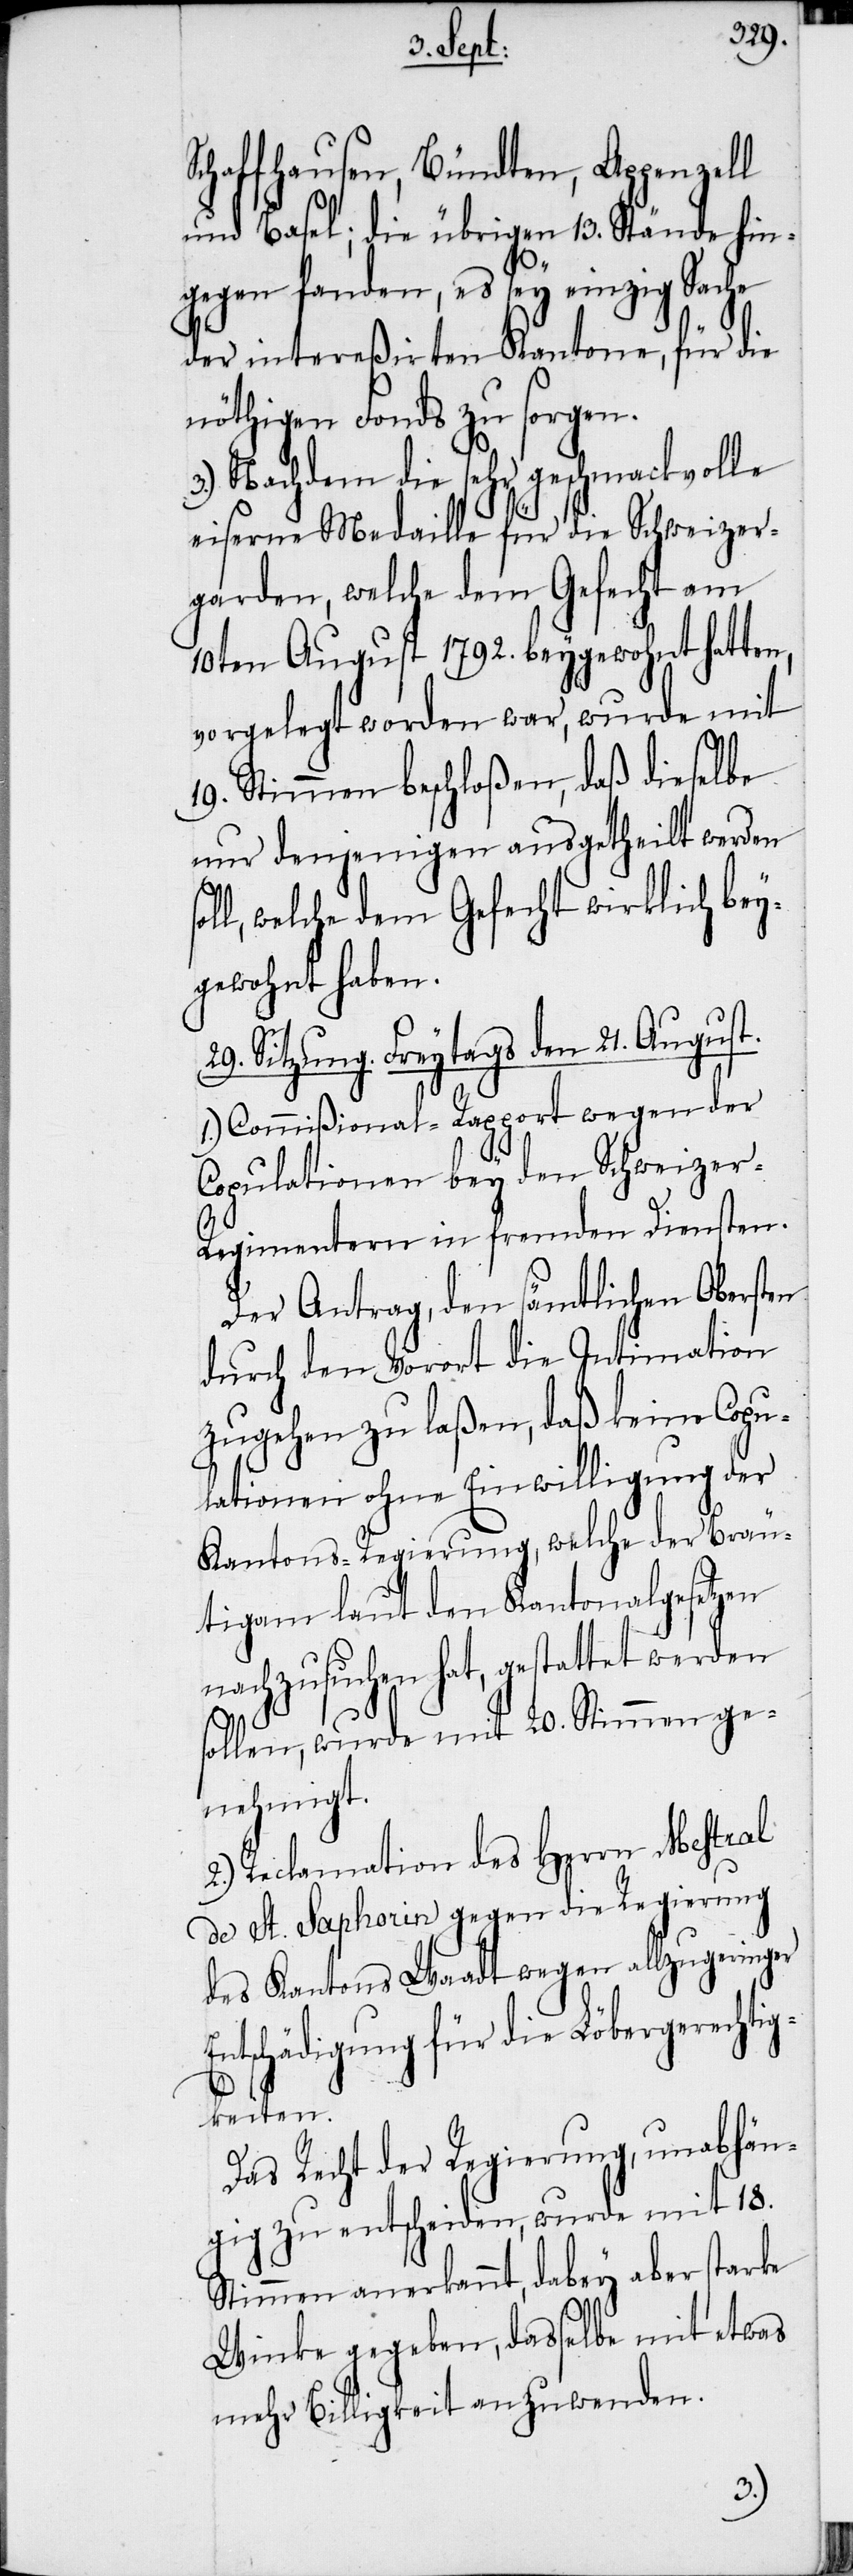
r Ent¬
Schaffhausen, Bündten, Appenzell
und Basel; die übrigen 13. Stände hin¬
gegen fanden, es sey einzig Sache
der intereßirten Kantone, für die
nöthigen Fonds zu sorgen.
Nachdem die sehr geschmackvolle
eiserne Medaille für die Schweizer¬
garden, welche dem Gefecht am
10ten August 1792. beygewohnt hatten,
vorgelegt worden war, wurde mit
19. Stimmen beschloßen, daß dieselbe
nur denjenigen ausgetheilt werden
ll, welche dem Gefecht wirklich bey¬
gewohnt haben.
29. Sitzung. Freytags den 21. August.
1.) Commißional-Rapport wegen der
Copulationen bey den Schweizer-R¬
egimentern in fremden Diensten.
Der Antrag, den sämtlichen Obersten
durch den Vorort die Intimation
zugehen zu laßen, daß keine Copu¬
lationen ohne Einwilligung der
Kantons-Regierung, welche der Bräu¬
tigam laut den Kantonalgesetzen
nachzusuchen hat, gestattet werden
sollen, wurde mit 20. Stimmen ge¬
nehmigt.
2.) Reclamation des Herrn Mestral
de St. Saphorin gegen die Regierung
des Kantons Waadt wegen allzugeringe¬
schädigung für die Löbergerechti¬
gkeiten.
Das Recht der Regierung, unabhän¬
gig zu entscheiden, wurde mit 18.
Stimmen anerkannt, dabey aber starke
Winke gegeben, dasselbe mit etwas
mehr Billigkeit anzuwenden.
so¬